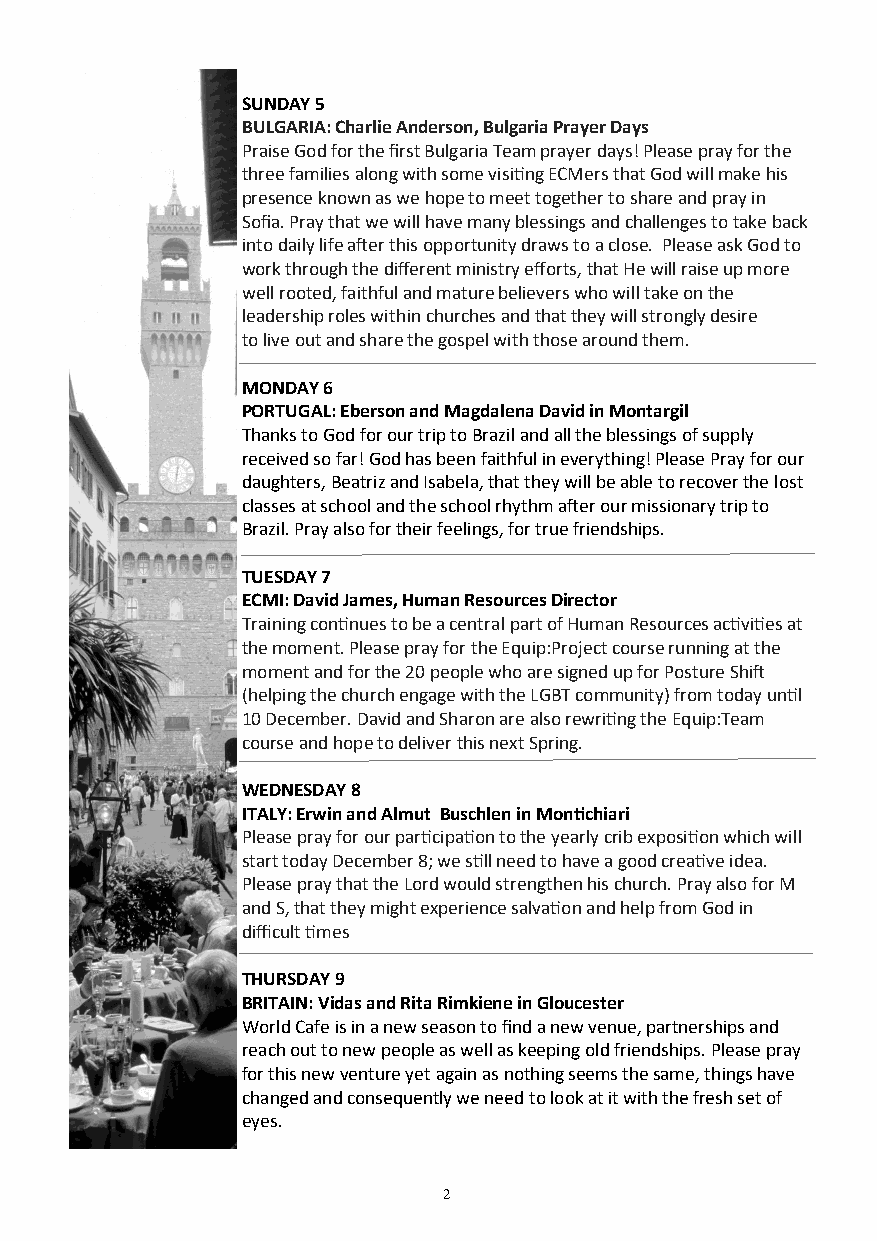
SUNDAY 5
 BULGARIA: Charlie Anderson, Bulgaria Prayer Days
 Praise God for the first Bulgaria Team prayer days! Please pray for the
 three families along with some visiting ECMers that God will make his
 presence known as we hope to meet together to share and pray in
 Sofia. Pray that we will have many blessings and challenges to take back
 into daily life after this opportunity draws to a close. Please ask God to
 work through the different ministry efforts, that He will raise up more
 well rooted, faithful and mature believers who will take on the
 leadership roles within churches and that they will strongly desire
 to live out and share the gospel with those around them.
 MONDAY 6
 PORTUGAL: Eberson and Magdalena David in Montargil
 Thanks to God for our trip to Brazil and all the blessings of supply
 received so far! God has been faithful in everything! Please Pray for our
 daughters, Beatriz and Isabela, that they will be able to recover the lost
 classes at school and the school rhythm after our missionary trip to
 Brazil. Pray also for their feelings, for true friendships.
 TUESDAY 7
 ECMI: David James, Human Resources Director
 Training continues to be a central part of Human Resources activities at
 the moment. Please pray for the Equip:Project course running at the
 moment and for the 20 people who are signed up for Posture Shift
 (helping the church engage with the LGBT community) from today until
 10 December. David and Sharon are also rewriting the Equip:Team
 course and hope to deliver this next Spring.
 WEDNESDAY 8
 ITALY: Erwin and Almut Buschlen in Montichiari
 Please pray for our participation to the yearly crib exposition which will
 start today December 8; we still need to have a good creative idea.
 Please pray that the Lord would strengthen his church. Pray also for M
 and S, that they might experience salvation and help from God in
 difficult times
 THURSDAY 9
 BRITAIN: Vidas and Rita Rimkiene in Gloucester
 World Cafe is in a new season to find a new venue, partnerships and
 reach out to new people as well as keeping old friendships. Please pray
 for this new venture yet again as nothing seems the same, things have
 changed and consequently we need to look at it with the fresh set of
 eyes.
 2